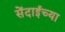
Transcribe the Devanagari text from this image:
सेंदाईच्या